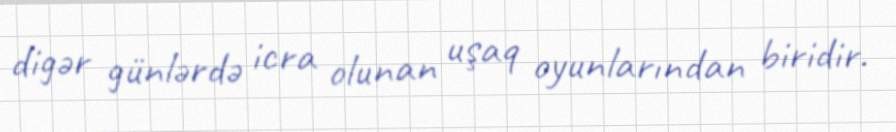
digər günlərdə icra olunan uşaq oyunlarından biridir.